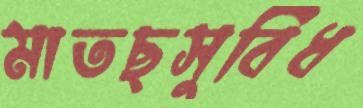
মাতছসুবিধ